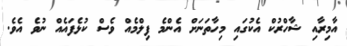
އާމިރާއި ޝާހްރުކް އެކުގައި މިހާތަނަށް އެންމެ ފިލްމެއް ވެސް ކުޅެފައެއް ނުވެ އެވެ.